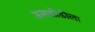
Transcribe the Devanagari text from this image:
ऊसतोडीला